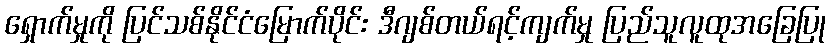
ရှောက်မှုကို ပြင်သစ်နိုင်ငံမြောက်ပိုင်း ဒီဂျစ်တယ်ရင့်ကျက်မှု ပြည်သူလူထုအခြေပြု